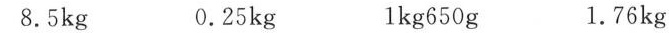
8.5kg 0.25kg lkg650g 1.76kg